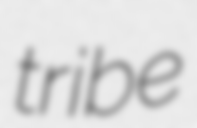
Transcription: tribe